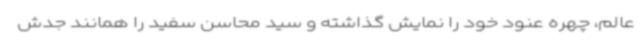
عالم، چهره عنود خود را نمایش گذاشته و سید محاسن سفید را همانند جدش